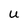
Character: u